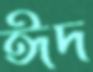
ঈদ